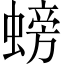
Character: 螃